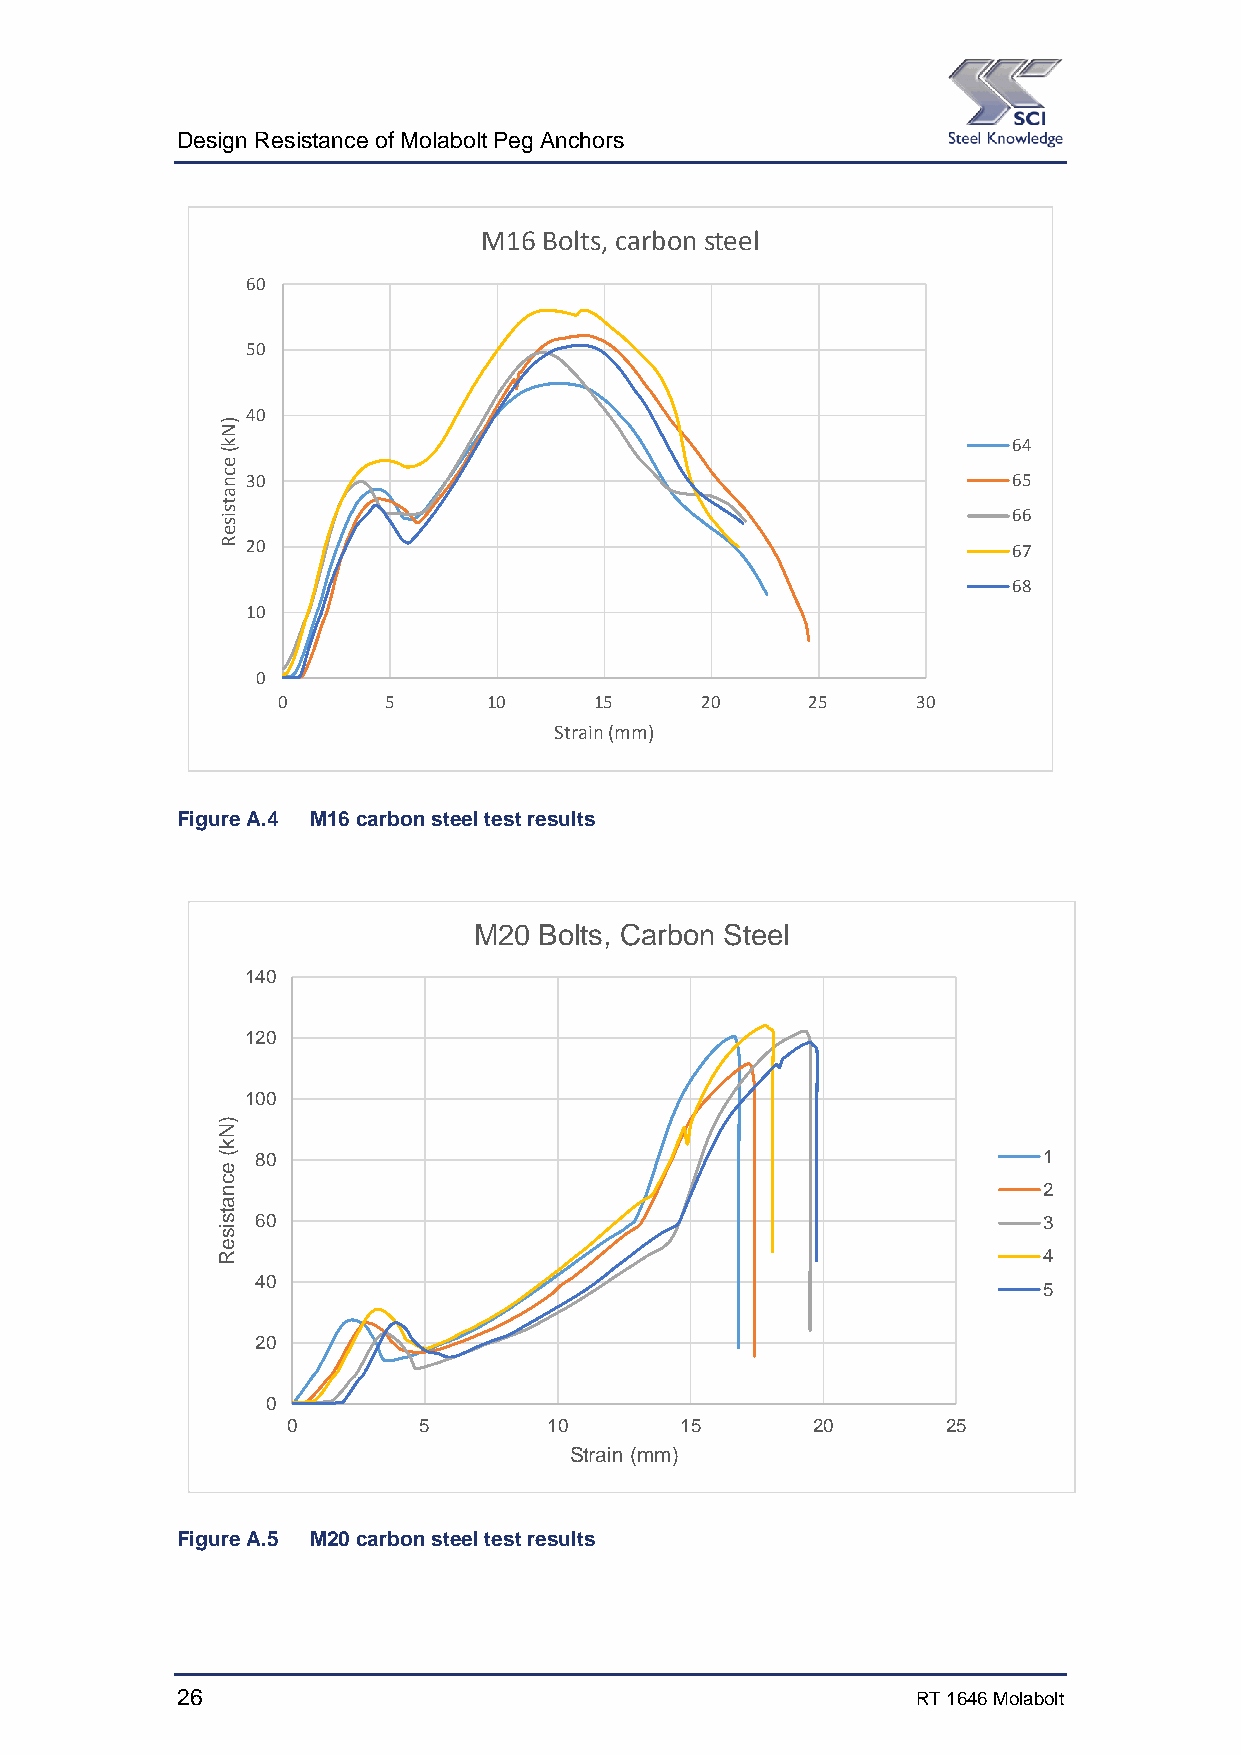
Design Resistance of Molabolt Peg Anchors
 M16 Bolts, carbon steel
 60
 50
 40
 64
 30                                                 65
 66
 20                                                 67
 68
 10
 0
 0      5      10     15     20      25     30
 Strain (mm)
 Figure A.4 M16 carbon steel test results
 M20  Bolts, Carbon Steel
 140
 120
 100
 80                                                  1
 2
 60                                                  3
 4
 40
 5
 20
 0
 0        5       10       15       20       25
 Strain (mm)
 Figure A.5 M20 carbon steel test results
 26                                               RT 1646 Molabolt
 )Nk(
 ecnatsiseR
 )Nk(
 ecnatsiseR